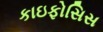
કાઇફોસિસ